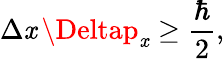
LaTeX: \Delta\mathit{x}\, \Deltap_{\mathit{x}}\geq{\frac{{\hbar}}{{2}}},